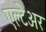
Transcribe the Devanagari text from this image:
एल्टेअर